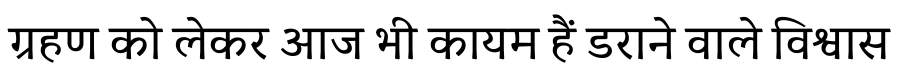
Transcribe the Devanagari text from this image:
ग्रहण को लेकर आज भी कायम हैं डराने वाले विश्वास